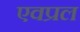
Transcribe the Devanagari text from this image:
एवप्रल